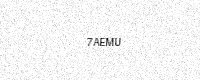
Text: 7AEMU